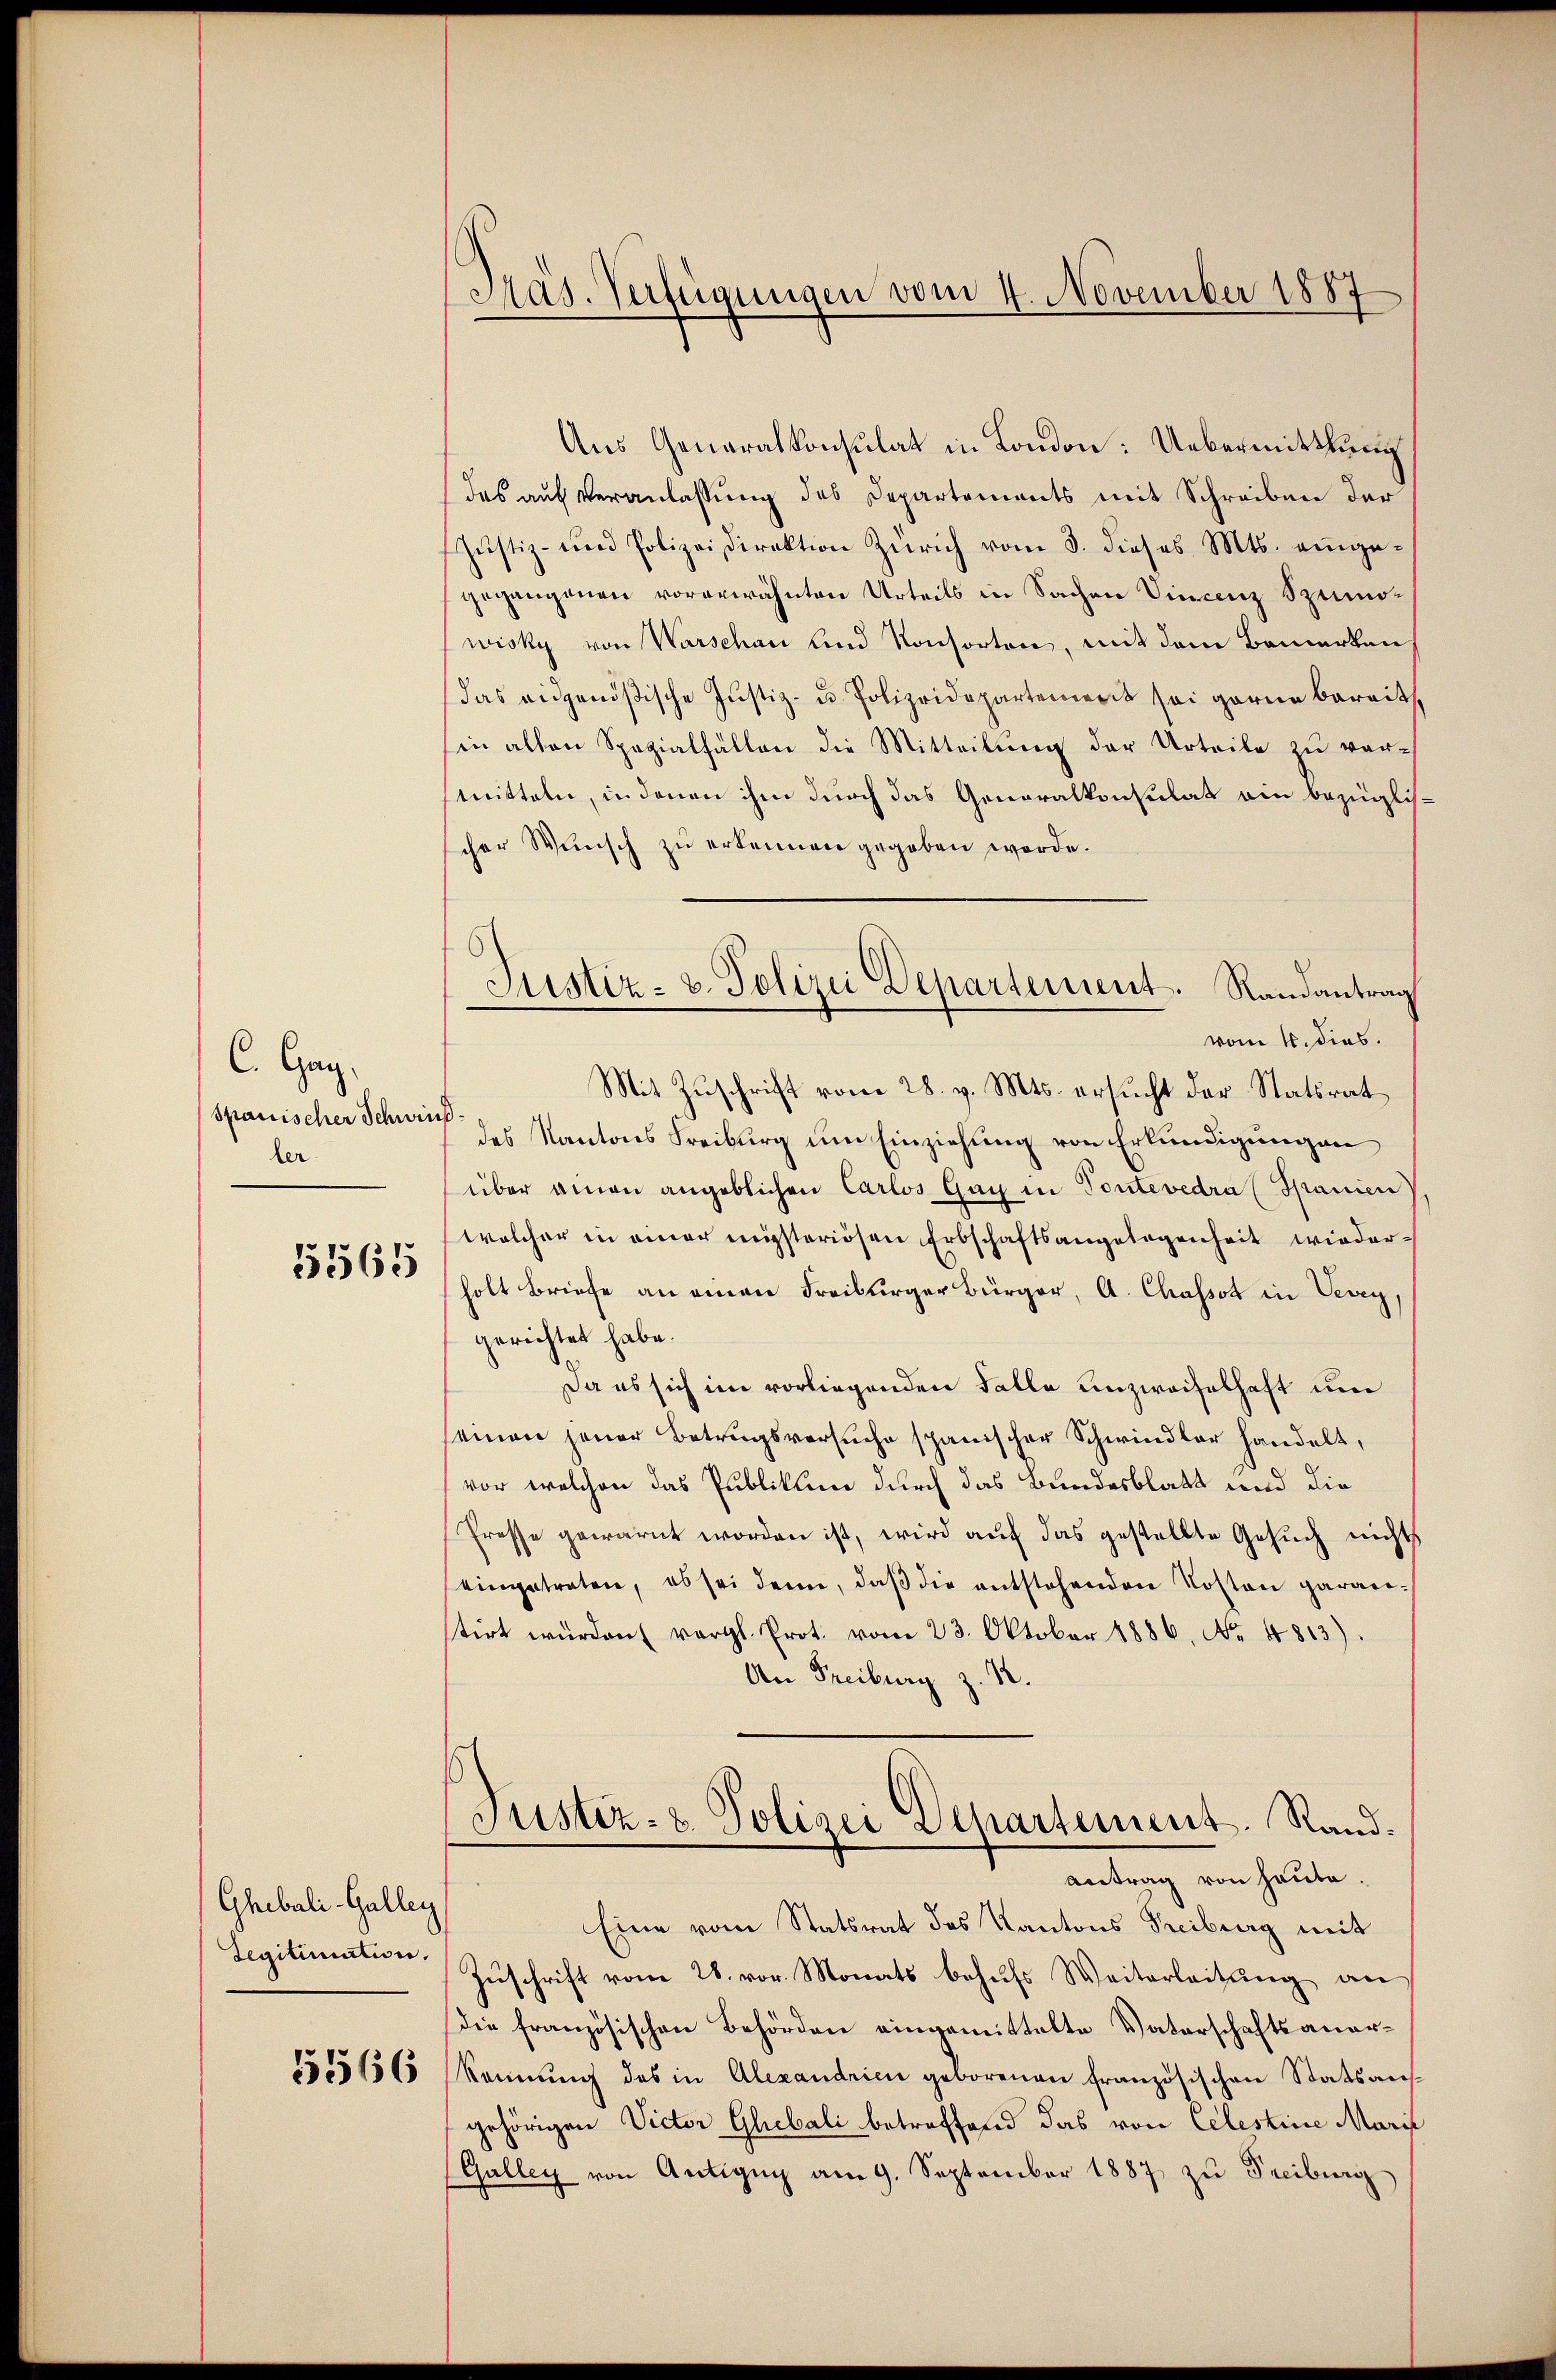
C. Ganz
spanischer Schwin
ler

15565

Ghebali-Galley
Legitimation.
5566

Mas. Verfügungen vom 4. November 1887

Aus Generalkonsulat in London: Uebermittlung
das auf Veranlassung des Departements mit Schreiben der
Justiz- und Polizeidirektion Zürich vom 3. dieses Mts. eingegegangenen vorerwähnten Urteils in Sachen Finanz Spinowicky von Warschau und Konsorten, mit dem Bemerken
das eidgenößische Justiz- u. Polizeidepartement sei garne bereits
sin alten Spezialfällen die Mitteilung der Urteile zu vermitteln, in denen ihm durch das Generalkonsulat ein bezüglicher Wunsch zu erkennen gegeben werde.
vom 4. dies.
Mit Zuschrift vom 28. v. Mts. ersucht der Statsrat
.
des Kantons Freiburg um Einziehung von Erkundigungen
über ainen angeblichen Carlos Gay in Tontevedra (Spanien
welcher in einer misteriösen Erbschaftsangelegenheit wiederholt Briefe an einen Freiburger Bürger, A. Chassot in Vevey,
gerichtet habe.
Da es sich im vorliegenden Falle unzweifelhaft um
seinen jener Betrugsversuche spanischer Schwindler handelt,
vor, welchen das Publikum durch das Bundesblatt und die
Presse gewarnt worden ist, wird auf das gestellte Gesuch nichts
eingetreten, es sei denn, daβ die entstehenden Kosten garantirt würden (vergl. Prot. vom 23. Oktober 1886. No. 4813).
An Freiburg z. 12.
Justiz- & Polizei Departement. Rand.
Antrag von heute.
Eine vom Statsrat des Kantons Freiburg mit
Zuschrift vom 28. vor. Monats behufs Weiterleitung an
die französischen Behörden eingemittelte Vaterschaftsanerkennung des in Alexandrien geborenen französischen Statsausgehörigen Victor Ghebali betreffend das von Celestine Marie
(Galley von Antizŭg am 9. September 1887 zu Freiburg

Justiz- u. Polizei Departement. Randantrag